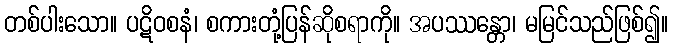
တစ်ပါးသော။ ပဋိဝစနံ၊ စကားတုံ့ပြန်ဆိုစရာကို။ အပဿန္တော၊ မမြင်သည်ဖြစ်၍။